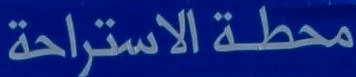
محطة الاستراحة